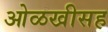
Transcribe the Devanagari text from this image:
ओळखीसह